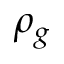
\rho _ { g }